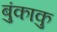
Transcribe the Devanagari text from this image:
बुंकाकु